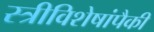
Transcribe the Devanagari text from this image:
स्त्रीविशेषांपैकी